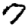
Digit: 7